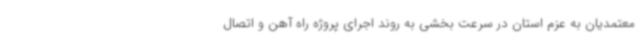
معتمدیان به عزم استان در سرعت بخشی به روند اجرای پروژه راه آهن و اتصال